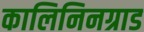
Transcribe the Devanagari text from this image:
कालिनिनग्राड